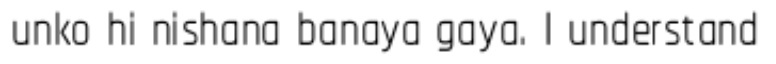
unko hi nishana banaya gaya. I understand